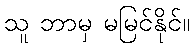
သူ ဘာမှ မမြင်နိုင်။